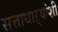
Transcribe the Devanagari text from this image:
सत्ताधाऱ्यांशी